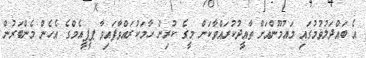
އެ ބައްދަލުވުމުގައި މައުމޫންއަށް ތާއީދުކުރައްވާކަން މީގެ ކުރިން ހާމަކުރައްވާފައިވާ ޕީޕީއެމްގެ އެހެން މެންބަރުން